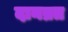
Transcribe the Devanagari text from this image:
दानव्रत